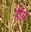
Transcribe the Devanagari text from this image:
हीय